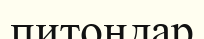
питондар